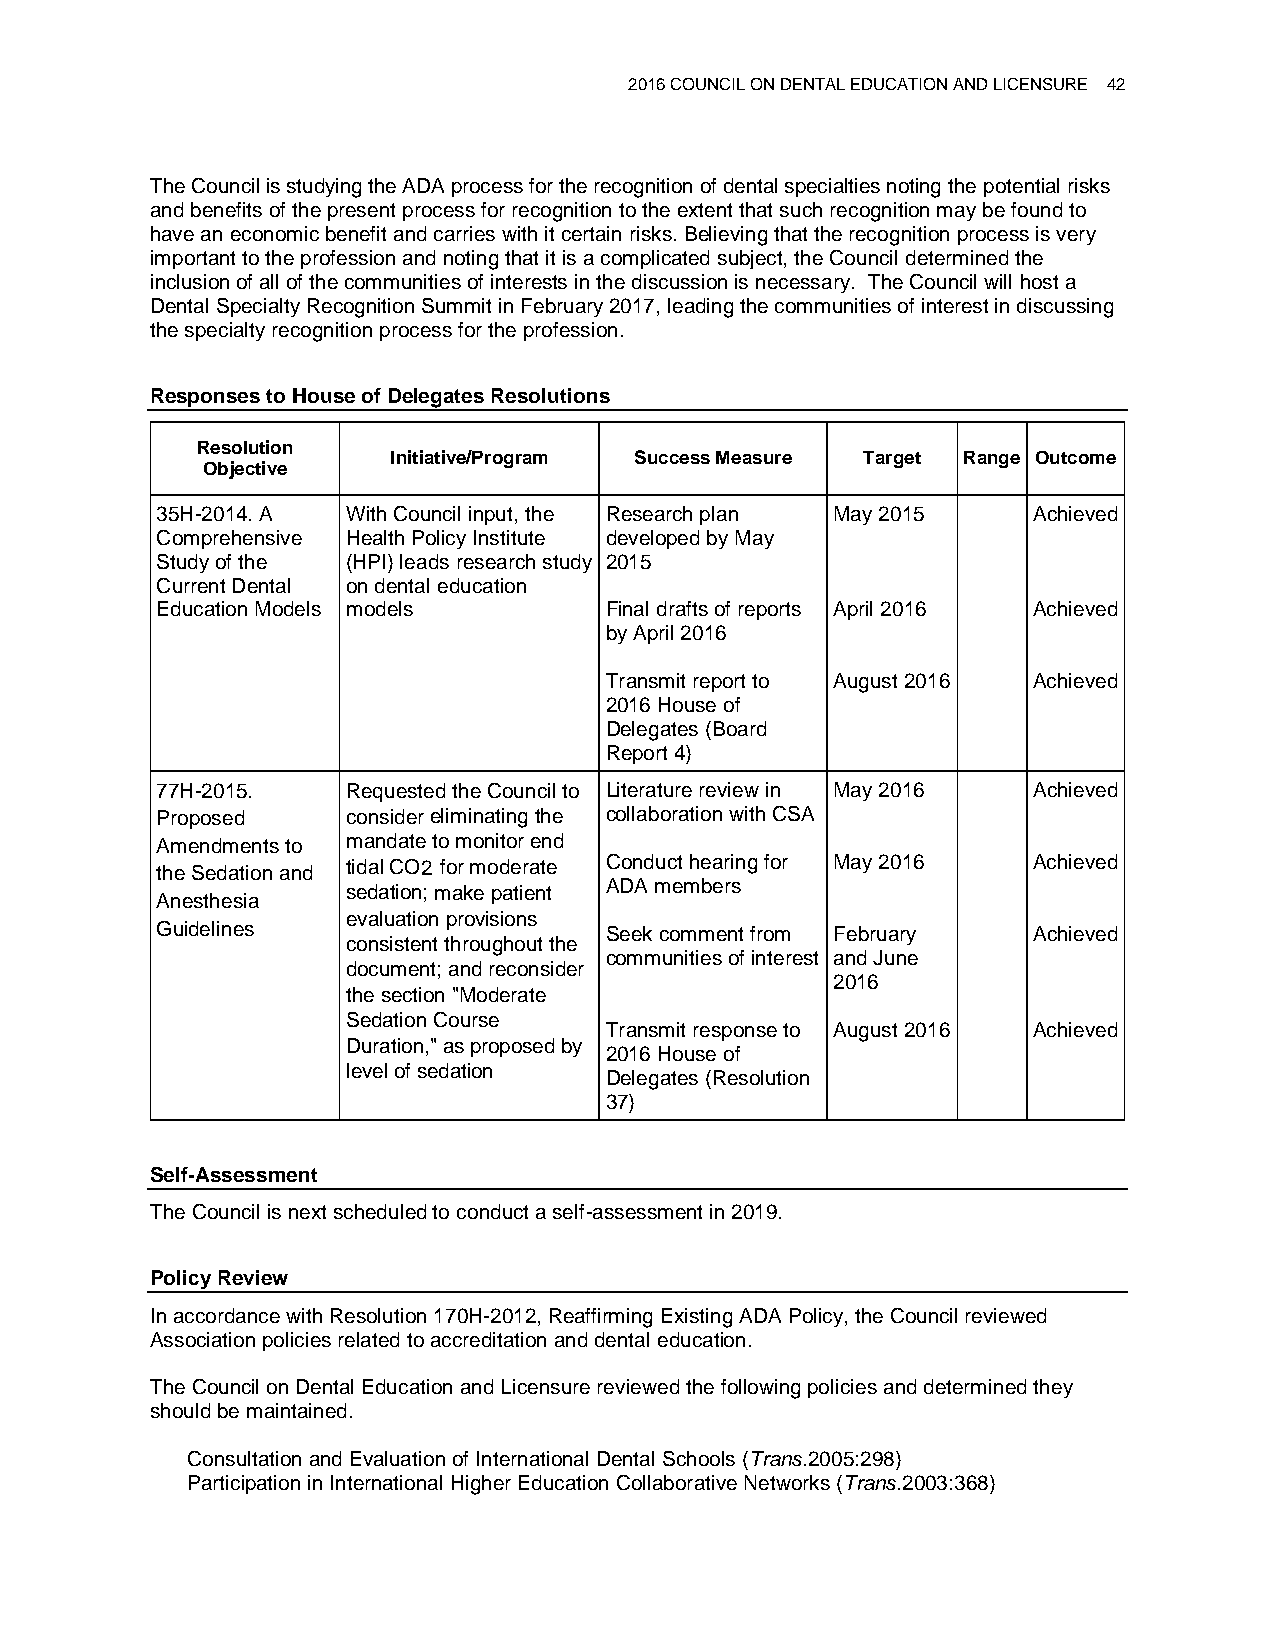
2016 COUNCIL ON DENTAL EDUCATION AND LICENSURE 42
 The Council is studying the ADA process for the recognition of dental specialties noting the potential risks
 and benefits of the present process for recognition to the extent that such recognition may be found to
 have an economic benefit and carries with it certain risks. Believing that the recognition process is very
 important to the profession and noting that it is a complicated subject, the Council determined the
 inclusion of all of the communities of interests in the discussion is necessary. The Council will host a
 Dental Specialty Recognition Summit in February 2017, leading the communities of interest in discussing
 the specialty recognition process for the profession.
 Responses to House of Delegates Resolutions
 Resolution
 Initiative/Program Success Measure Target Range Outcome
 Objective
 35H-2014. A  With Council input, the Research plan May 2015 Achieved
 Comprehensive Health Policy Institute developed by May
 Study of the (HPI) leads research study 2015
 Current Dental on dental education
 Education Models models       Final drafts of reports April 2016 Achieved
 by April 2016
 Transmit report to August 2016 Achieved
 2016 House of
 Delegates (Board
 Report 4)
 77H-2015.    Requested the Council to Literature review in May 2016 Achieved
 Proposed     consider eliminating the collaboration with CSA
 Amendments to mandate to monitor end
 the Sedation and
 tidal CO2 for moderate Conduct hearing for May 2016 Achieved
 sedation; make patient ADA members
 Anesthesia
 evaluation provisions
 Guidelines                    Seek comment from February  Achieved
 consistent throughout the
 communities of interest and June
 document; and reconsider
 2016
 the section "Moderate
 Sedation Course
 Transmit response to August 2016 Achieved
 Duration," as proposed by
 2016 House of
 level of sedation
 Delegates (Resolution
 37)
 Self-Assessment
 The Council is next scheduled to conduct a self-assessment in 2019.
 Policy Review
 In accordance with Resolution 170H-2012, Reaffirming Existing ADA Policy, the Council reviewed
 Association policies related to accreditation and dental education.
 The Council on Dental Education and Licensure reviewed the following policies and determined they
 should be maintained.
 Consultation and Evaluation of International Dental Schools (Trans.2005:298)
 Participation in International Higher Education Collaborative Networks (Trans.2003:368)